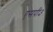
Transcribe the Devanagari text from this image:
एसपी३